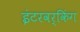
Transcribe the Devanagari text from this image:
इंटरवर्किंग